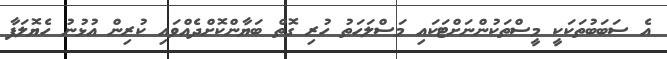
އެ ސަބަބުތަކަކީ މީސްތަކުންނަށްޓަކައި މަސްލަހަތު ހުރި ގޮތް ބަޔާންކޮށްދެއްވައި ކުރިން އުޅުނު ހެޔޮލަފާ